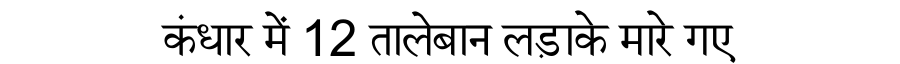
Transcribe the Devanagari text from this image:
कंधार में 12 तालेबान लड़ाके मारे गए